Annual report of the Punjab Veterinary College and of the Civil Veterinary Department, Punjab - 1894-1908
Year: 1894
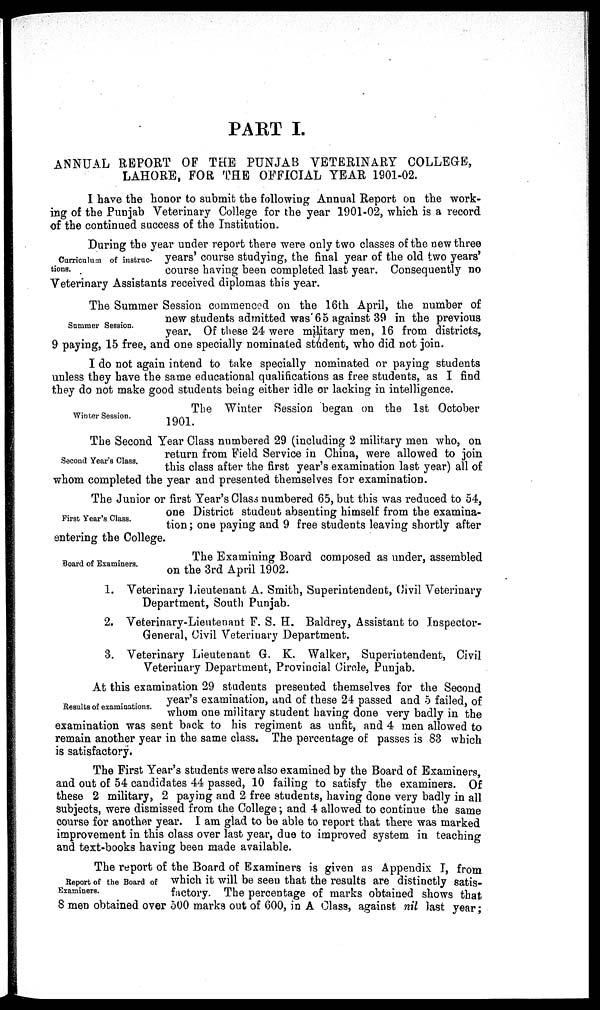
PART I.
ANNUAL REPORT OF THE PUNJAB VETERINARY COLLEGE,
LAHORE, FOR THE OFFICIAL YEAR 1901-02.
I have the honor to submit the following Annual Report on the work-
ing of the Punjab Veterinary College for the year 1901-02, which is a record
of the continued success of the Institution.
Curriculum of instruc-
tions.
During the year under report there were only two classes of the new three
years' course studying, the final year of the old two years'
course having been completed last year. Consequently no
Veterinary Assistants received diplomas this year.
Summer Session.
The Summer Session commenced on the 16th April, the number of
new students admitted was 65 against 39 in the previous
year. Of these 24 were military men, 16 from districts,
9 paying, 15 free, and one specially nominated student, who did not join.
I do not again intend to take specially nominated or paying students
unless they have the same educational qualifications as free students, as I find
they do not make good students being either idle or lacking in intelligence.
Winter Session.
The Winter Session began on the 1st October
1901.
Second Year's Class.
The Second Year Class numbered 29 (including 2 military men who, on
return from Field Service in China, were allowed to join
this class after the first year's examination last year) all of
whom completed the year and presented themselves for examination.
First Year's Class.
The Junior or first Year's Class numbered 65, but this was reduced to 54,
one District student absenting himself from the examina-
tion; one paying and 9 free students leaving shortly after
entering the College.
Board of Examiners.
The Examining Board composed as under, assembled
on the 3rd April 1902.
1. Veterinary Lieutenant A. Smith, Superintendent, Civil Veterinary
Department, South Punjab.
2. Veterinary-Lieutenant F. S. H. Baldrey, Assistant to Inspector-
General, Civil Veterinary Department.
3. Veterinary Lieutenant G. K. Walker, Superintendent, Civil
Veterinary Department, Provincial Circle, Punjab.
Results of examinations.
At this examination 29 students presented themselves for the Second
year's examination, and of these 24 passed and 5 failed, of
whom one military student having done very badly in the
examination was sent back to his regiment as unfit, and 4 men allowed to
remain another year in the same class. The percentage of passes is 83 which
is satisfactory.
The First Year's students were also examined by the Board of Examiners,
and out of 54 candidates 44 passed, 10 failing to satisfy the examiners. Of
these 2 military, 2 paying and 2 free students, having done very badly in all
subjects, were dismissed from the College; and 4 allowed to continue the same
course for another year. I am glad to be able to report that there was marked
improvement in this class over last year, due to improved system in teaching
and text-books having been made available.
Report of the Board of
Examiners.
The report of the Board of Examiners is given as Appendix I, from
which it will be seen that the results are distinctly satis-
factory. The percentage of marks obtained shows that
8 men obtained over 500 marks out of 600, in A Class, against nil last year;